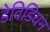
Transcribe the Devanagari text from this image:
डेविडियन